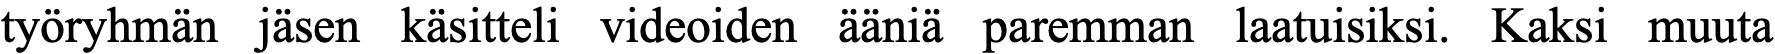
työryhmän jäsen käsitteli videoiden ääniä paremman laatuisiksi. Kaksi muuta